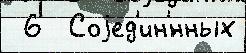
 6  Соjед'ин'́нных